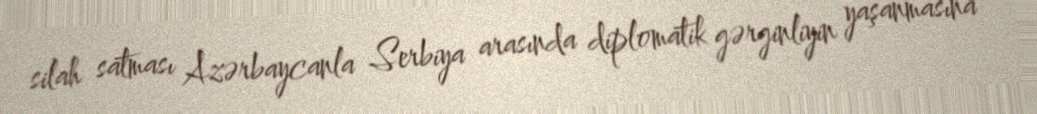
silah satması Azərbaycanla Serbiya arasında diplomatik gərginliyin yaşanmasına